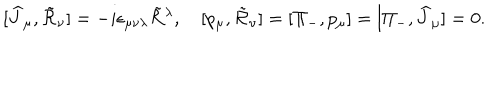
[ \widehat { J } _ { \mu } , \tilde { \cal R } _ { \nu } ] = - i \epsilon _ { \mu \nu \lambda } \tilde { \cal R } { } ^ { \lambda } , \quad [ p _ { \mu } , \tilde { \cal R } _ { \nu } ] = [ \Pi _ { - } , p _ { \mu } ] = [ \Pi _ { - } , \widehat { J } _ { \mu } ] = 0 .